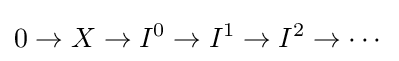
0\to X\to I^{0}\to I^{1}\to I^{2}\to \cdots